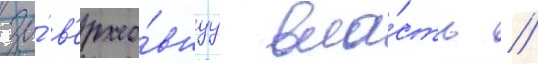
за́ в'ерхо́внуу вла́сть //